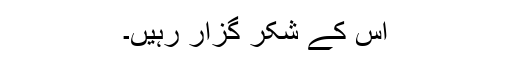
اس کے شکر گزار رہیں۔